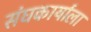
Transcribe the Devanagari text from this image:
संघकार्याला